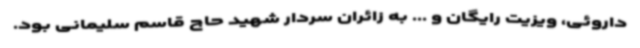
داروئی، ویزیت رایگان و ... به زائران سردار شهید حاج قاسم سلیمانی بود.